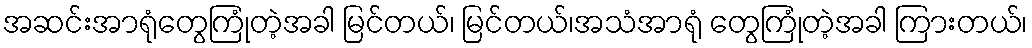
အဆင်းအာရုံတွေကြုံတဲ့အခါ မြင်တယ်၊ မြင်တယ်၊အသံအာရုံ တွေကြုံတဲ့အခါ ကြားတယ်၊